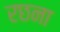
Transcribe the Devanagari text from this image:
रछना